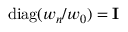
\mathrm { d i a g } ( w _ { n } / w _ { 0 } ) = { \bf I }